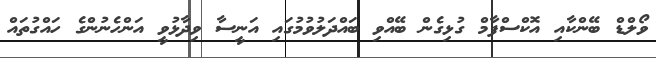
ވޯލްޑް ބޭންކާއި އޮކްސްފާމް ގުޅިގެން ބޭއްވި ބައްދަލުވުމުގައި އަނީސާ ވިދާޅުވީ އަންހެނުންގެ ހައްގުތައް